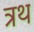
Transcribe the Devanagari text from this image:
त्रथ